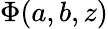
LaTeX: \Phi(a,b,z)